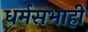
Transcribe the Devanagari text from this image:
धर्मसभाही